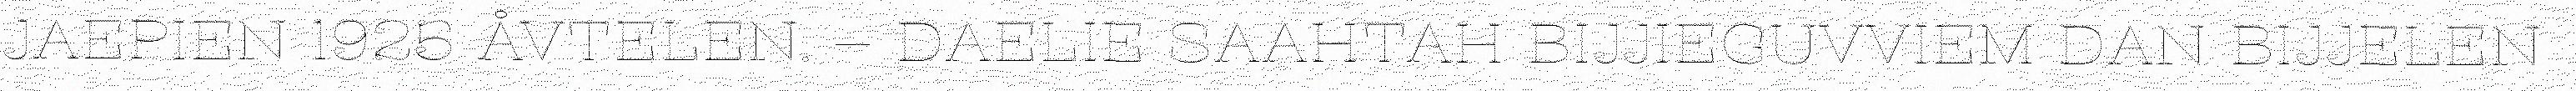
JAEPIEN 1925 ÅVTELEN. – DAELIE SAAHTAH BIJJIEGUVVIEM DAN BIJJELEN